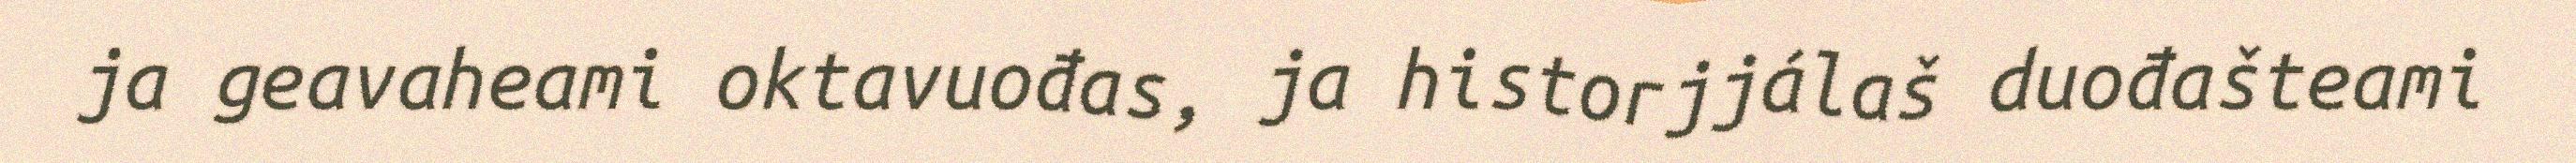
ja geavaheami oktavuođas, ja historjjálaš duođašteami